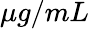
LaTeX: \mu g/mL